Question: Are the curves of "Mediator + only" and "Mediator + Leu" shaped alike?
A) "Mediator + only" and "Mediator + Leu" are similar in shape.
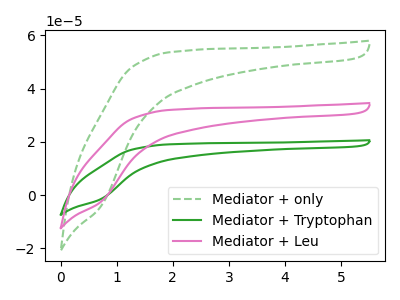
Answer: <think>The green dashed curve "Mediator + only" has no peaks. The green curve "Mediator + Tryptophan" has no peaks. The pink curve "Mediator + Leu" has no peaks.
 Neither "Mediator + only" or "Mediator + Leu" have any peaks.</think>
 <answer>A) "Mediator + only" and "Mediator + Leu" are similar in shape.</answer>
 <eval>A</eval>